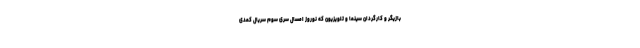
بازیگر و کارگردان سینما و تلویزیون که نوروز امسال سری سوم سریال کمدی